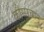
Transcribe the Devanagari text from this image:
कौसरबानू